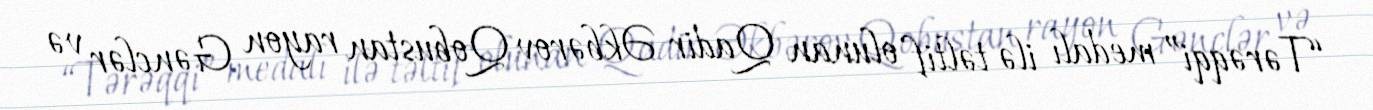
“Tərəqqi” medalı ilə təltif olunan Qadir Əkbərov Qobustan rayon Gənclər və